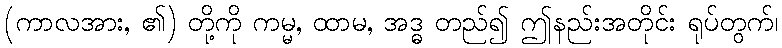
(ကာလအား, ၏) တို့ကို ကမ္မ, ထာမ, အဒ္ဓ တည်၍ ဤနည်းအတိုင်း ရုပ်တွက်၊